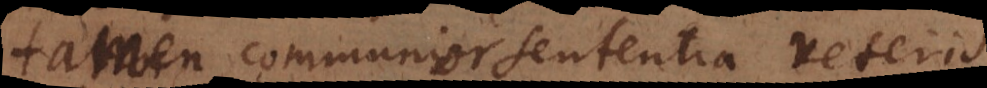
communis communior sententia veteris